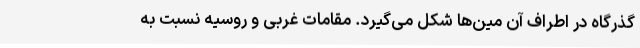
گذرگاه در اطراف آن مین‌ها شکل می‌گیرد. مقامات غربی و روسیه نسبت به